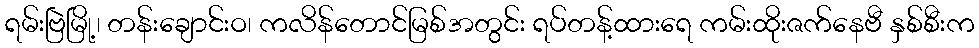
ရမ်းဗြဲမြို့၊ တန်းချောင်းဝ၊ ကလိန်တောင်မြစ်အတွင်း ရပ်တန့်ထားရေ ကမ်းထိုးဇက်နေဗီ နှစ်စီးက